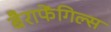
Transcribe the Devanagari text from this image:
बैराफेंगिल्स